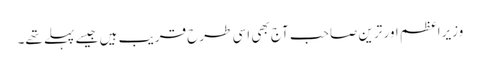
وزیراعظم اور ترین صاحب آج بھی اسی طرح قریب ہیں جیسے پہلے تھے۔